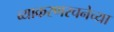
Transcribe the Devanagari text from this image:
व्याकरणरचनेच्या